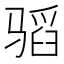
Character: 𱅣